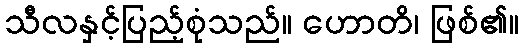
သီလနှင့်ပြည့်စုံသည်။ ဟောတိ၊ ဖြစ်၏။